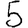
Digit: 5